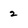
Character: 2